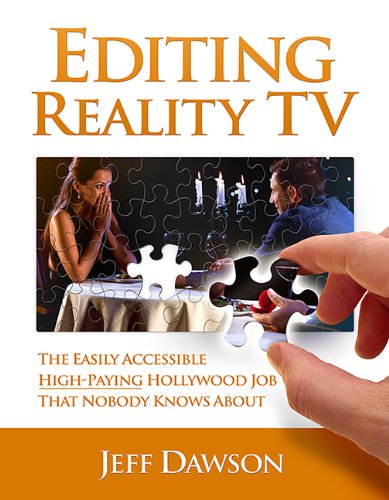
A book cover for Editing Reality TV: The Easily Accessible, High-Paying Hollywood Job That Nobody Knows about; Jeff Dawson; Humor & Entertainment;